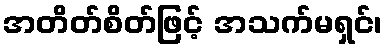
အတိတ်စိတ်ဖြင့် အသက်မရှင်၊